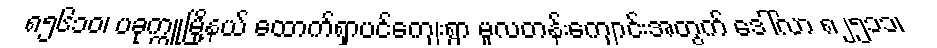
၈၅၆၁ဝ၊ ပခုက္ကူမြို့နယ် ထောက်ရှာပင်ကျေးရွာ မူလတန်းကျောင်းအတွက် ဒေါ်လာ ၈၂၅၁၁၊